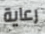
رعاية